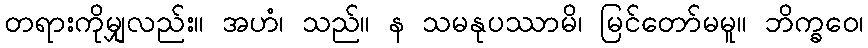
တရားကိုမျှလည်း။ အဟံ၊ သည်။ န သမနုပဿာမိ၊ မြင်တော်မမူ။ ဘိက္ခဝေ၊